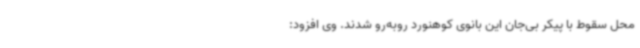
محل سقوط با پیکر بی‌جان این بانوی کوهنورد روبه‌رو شدند. وی افزود: